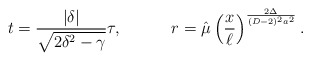
\begin{align*}t={{|\delta|}\over\sqrt{2\delta^2-\gamma}}\tau,\ \ \ \ \ \ \ \ \ r=\hat{\mu}\left({x\over\ell}\right)^{{2\Delta}\over{(D-2)^2a^2}}.\end{align*}